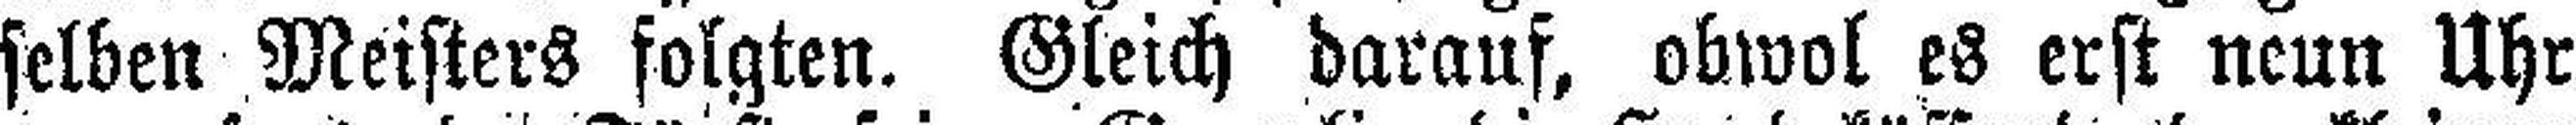
selben Meisters folgten. Gleich darauf, obwol es erst nenn Uhr